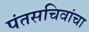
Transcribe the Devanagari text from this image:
पंतसचिवांचा